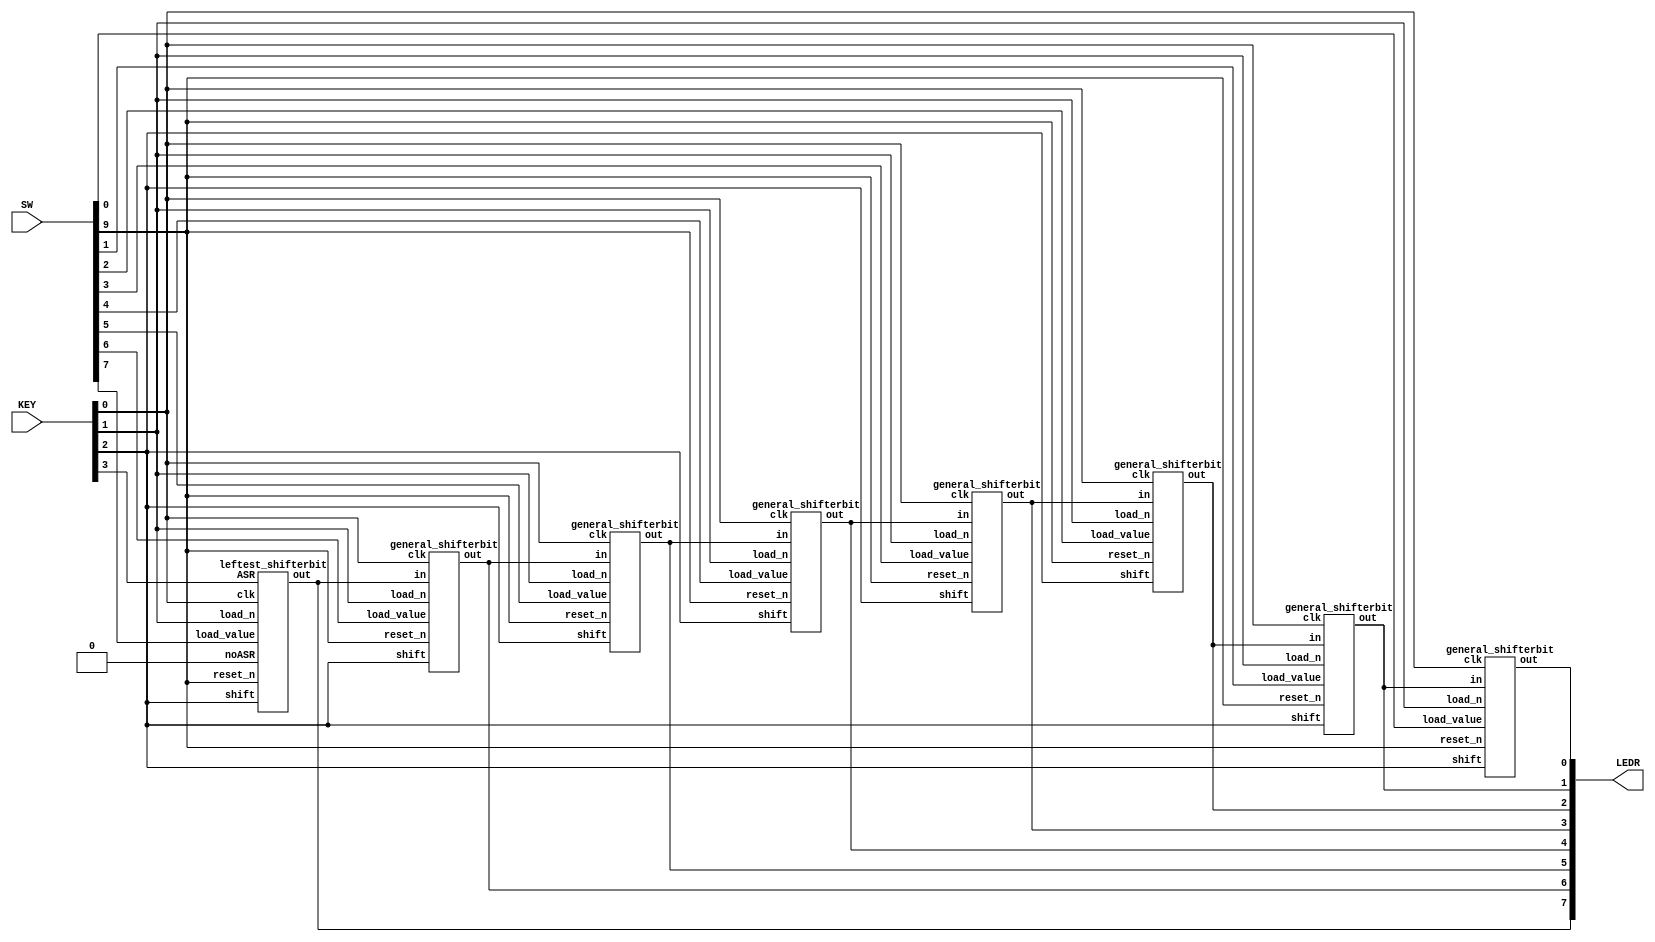
module shifter(LEDR, SW, KEY);
	input[9:0] SW;
	input[3:0] KEY;
	output[9:0] LEDR;
	//output[6:0] HEX0, HEX1, HEX2, HEX3, HEX4, HEX5;
	//SW 7-0 are the loadvalue bits, starting from the most significant
	//SW 9 is the low reset
	//KEY[1] is the load_n
	//KEY[2] is the shift right input
	//KEY[3] is the ASR input;
	//KEY[0] is the clock;
	//Q[7:0] outputs go to the LEDR[7:0];
	//leftest_shifterbit(load_value, ASR, noASR, shift, load_n, clk, reset_n, out);
	//general_shifterbit(load_value, in, shift, load_n, clk, reset_n, out);
	
	wire dig7output;
	leftest_shifterbit dig7(
		.load_value(SW[7]),
		.ASR(KEY[3]),
		.noASR(1'b0),
		.shift(KEY[2]),
		.load_n(KEY[1]),
		.clk(KEY[0]),
		.reset_n(SW[9]),
		.out(dig7output)
	);
	assign LEDR[7] = dig7output;
	wire dig6output;
	general_shifterbit dig6(
		.load_value(SW[6]),
		.in(dig7output),
		.shift(KEY[2]),
		.load_n(KEY[1]),
		.clk(KEY[0]),
		.reset_n(SW[9]),
		.out(dig6output)
	);
	assign LEDR[6] = dig6output;
	wire dig5output;
	general_shifterbit dig5(
		.load_value(SW[5]),
		.in(dig6output),
		.shift(KEY[2]),
		.load_n(KEY[1]),
		.clk(KEY[0]),
		.reset_n(SW[9]),
		.out(dig5output)
	);
	assign LEDR[5] = dig5output;
	wire dig4output;
	general_shifterbit dig4(
		.load_value(SW[4]),
		.in(dig5output),
		.shift(KEY[2]),
		.load_n(KEY[1]),
		.clk(KEY[0]),
		.reset_n(SW[9]),
		.out(dig4output)
	);
	assign LEDR[4] = dig4output;
	wire dig3output;
	general_shifterbit dig3(
		.load_value(SW[3]),
		.in(dig4output),
		.shift(KEY[2]),
		.load_n(KEY[1]),
		.clk(KEY[0]),
		.reset_n(SW[9]),
		.out(dig3output)
	);
	assign LEDR[3] = dig3output;
	wire dig2output;
	general_shifterbit dig2(
		.load_value(SW[2]),
		.in(dig3output),
		.shift(KEY[2]),
		.load_n(KEY[1]),
		.clk(KEY[0]),
		.reset_n(SW[9]),
		.out(dig2output)
	);
	assign LEDR[2] = dig2output;
	wire dig1output;
	general_shifterbit dig1(
		.load_value(SW[1]),
		.in(dig2output),
		.shift(KEY[2]),
		.load_n(KEY[1]),
		.clk(KEY[0]),
		.reset_n(SW[9]),
		.out(dig1output)
	);
	assign LEDR[1] = dig1output;
	wire dig0output;
	general_shifterbit dig0(
		.load_value(SW[0]),
		.in(dig1output),
		.shift(KEY[2]),
		.load_n(KEY[1]),
		.clk(KEY[0]),
		.reset_n(SW[9]),
		.out(dig0output)
	);
	assign LEDR[0] = dig0output;
endmodule

module leftest_shifterbit(load_value, ASR, noASR, shift, load_n, clk, reset_n, out);
	input load_value, ASR, noASR, shift, load_n, clk, reset_n;
	output out;
	wire ASRresultwire;
	mux2to1 ASRmux(
		.x(noASR),
		.y(out),
		.s(ASR),
		.m(ASRresultwire)
	);
	wire shiftmuxoutput;
	mux2to1 shiftmux(
		.x(ASRresultwire),
		.y(out),//possibly undefined to start therefore red lines
		.s(shift),
		.m(shiftmuxoutput)
	);
	wire loadmuxoutput;
	mux2to1 loadmux(
		.x(shiftmuxoutput),
		.y(load_value),
		.s(load_n),
		.m(loadmuxoutput)
	);
	wire justbeforeoutput;
	register flipflop(
		.clock(clk),
		.reset_n(reset_n),
		.d(loadmuxoutput),
		.q(out)
	);
	//assign out = justbeforeoutput;
	
	
endmodule

module general_shifterbit(load_value, in, shift, load_n, clk, reset_n, out);
	//Load value in here is a single bit, that corresponds with which shifterbit is
	//calling it
	input load_value, in, shift, load_n, clk, reset_n;
	output out;
	wire shiftmuxoutput;
	mux2to1 shiftmux(
		.x(out),
		.y(in),//possibly undefined to start therefore red lines
		.s(shift),
		.m(shiftmuxoutput)
	);
	wire loadmuxoutput;
	mux2to1 loadmux(
		.x(load_value),
		.y(shiftmuxoutput),
		.s(load_n),
		.m(loadmuxoutput)
	);
	wire justbeforeoutput;
	register flipflop(
		.clock(clk),
		.reset_n(reset_n),
		.d(loadmuxoutput),
		.q(out)
	);
	//assign out = justbeforeoutput;
	
	
endmodule

module mux2to1(x, y, s, m);
	input x, y, s;
	output m;
	assign m = s & y | -s & x;
endmodule

module register(clock, reset_n, d, q);
	input clock, reset_n;
	input  d;
	output reg q;
	//reg[7:0] q; 
	always @(posedge clock)
	begin
		if (reset_n == 1'b0)
			q <= 0;
		else
			q <= d;
	end
endmodule